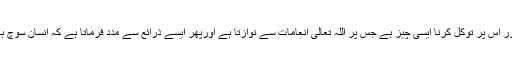
اللہ کی رضا کے حصول کی کوشش کرنا اور اس پر توکل کرنا ایسی چیز ہے جس پر اللہ تعالیٰ انعامات سے نوازتا ہے اورپھر ایسے ذرائع سے مدد فرماتا ہے کہ انسان سوچ بھی نہیں سکتا یہ بھی اللہ تعالیٰ کا وعدہ ہے۔